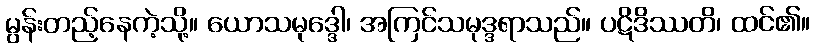
မွန်းတည့်နေကဲ့သို့။ ယောသမုဒ္ဒေါ၊ အကြင်သမုဒ္ဒရာသည်။ ပဋိဒိဿတိ၊ ထင်၏။